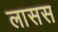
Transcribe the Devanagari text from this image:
लासस